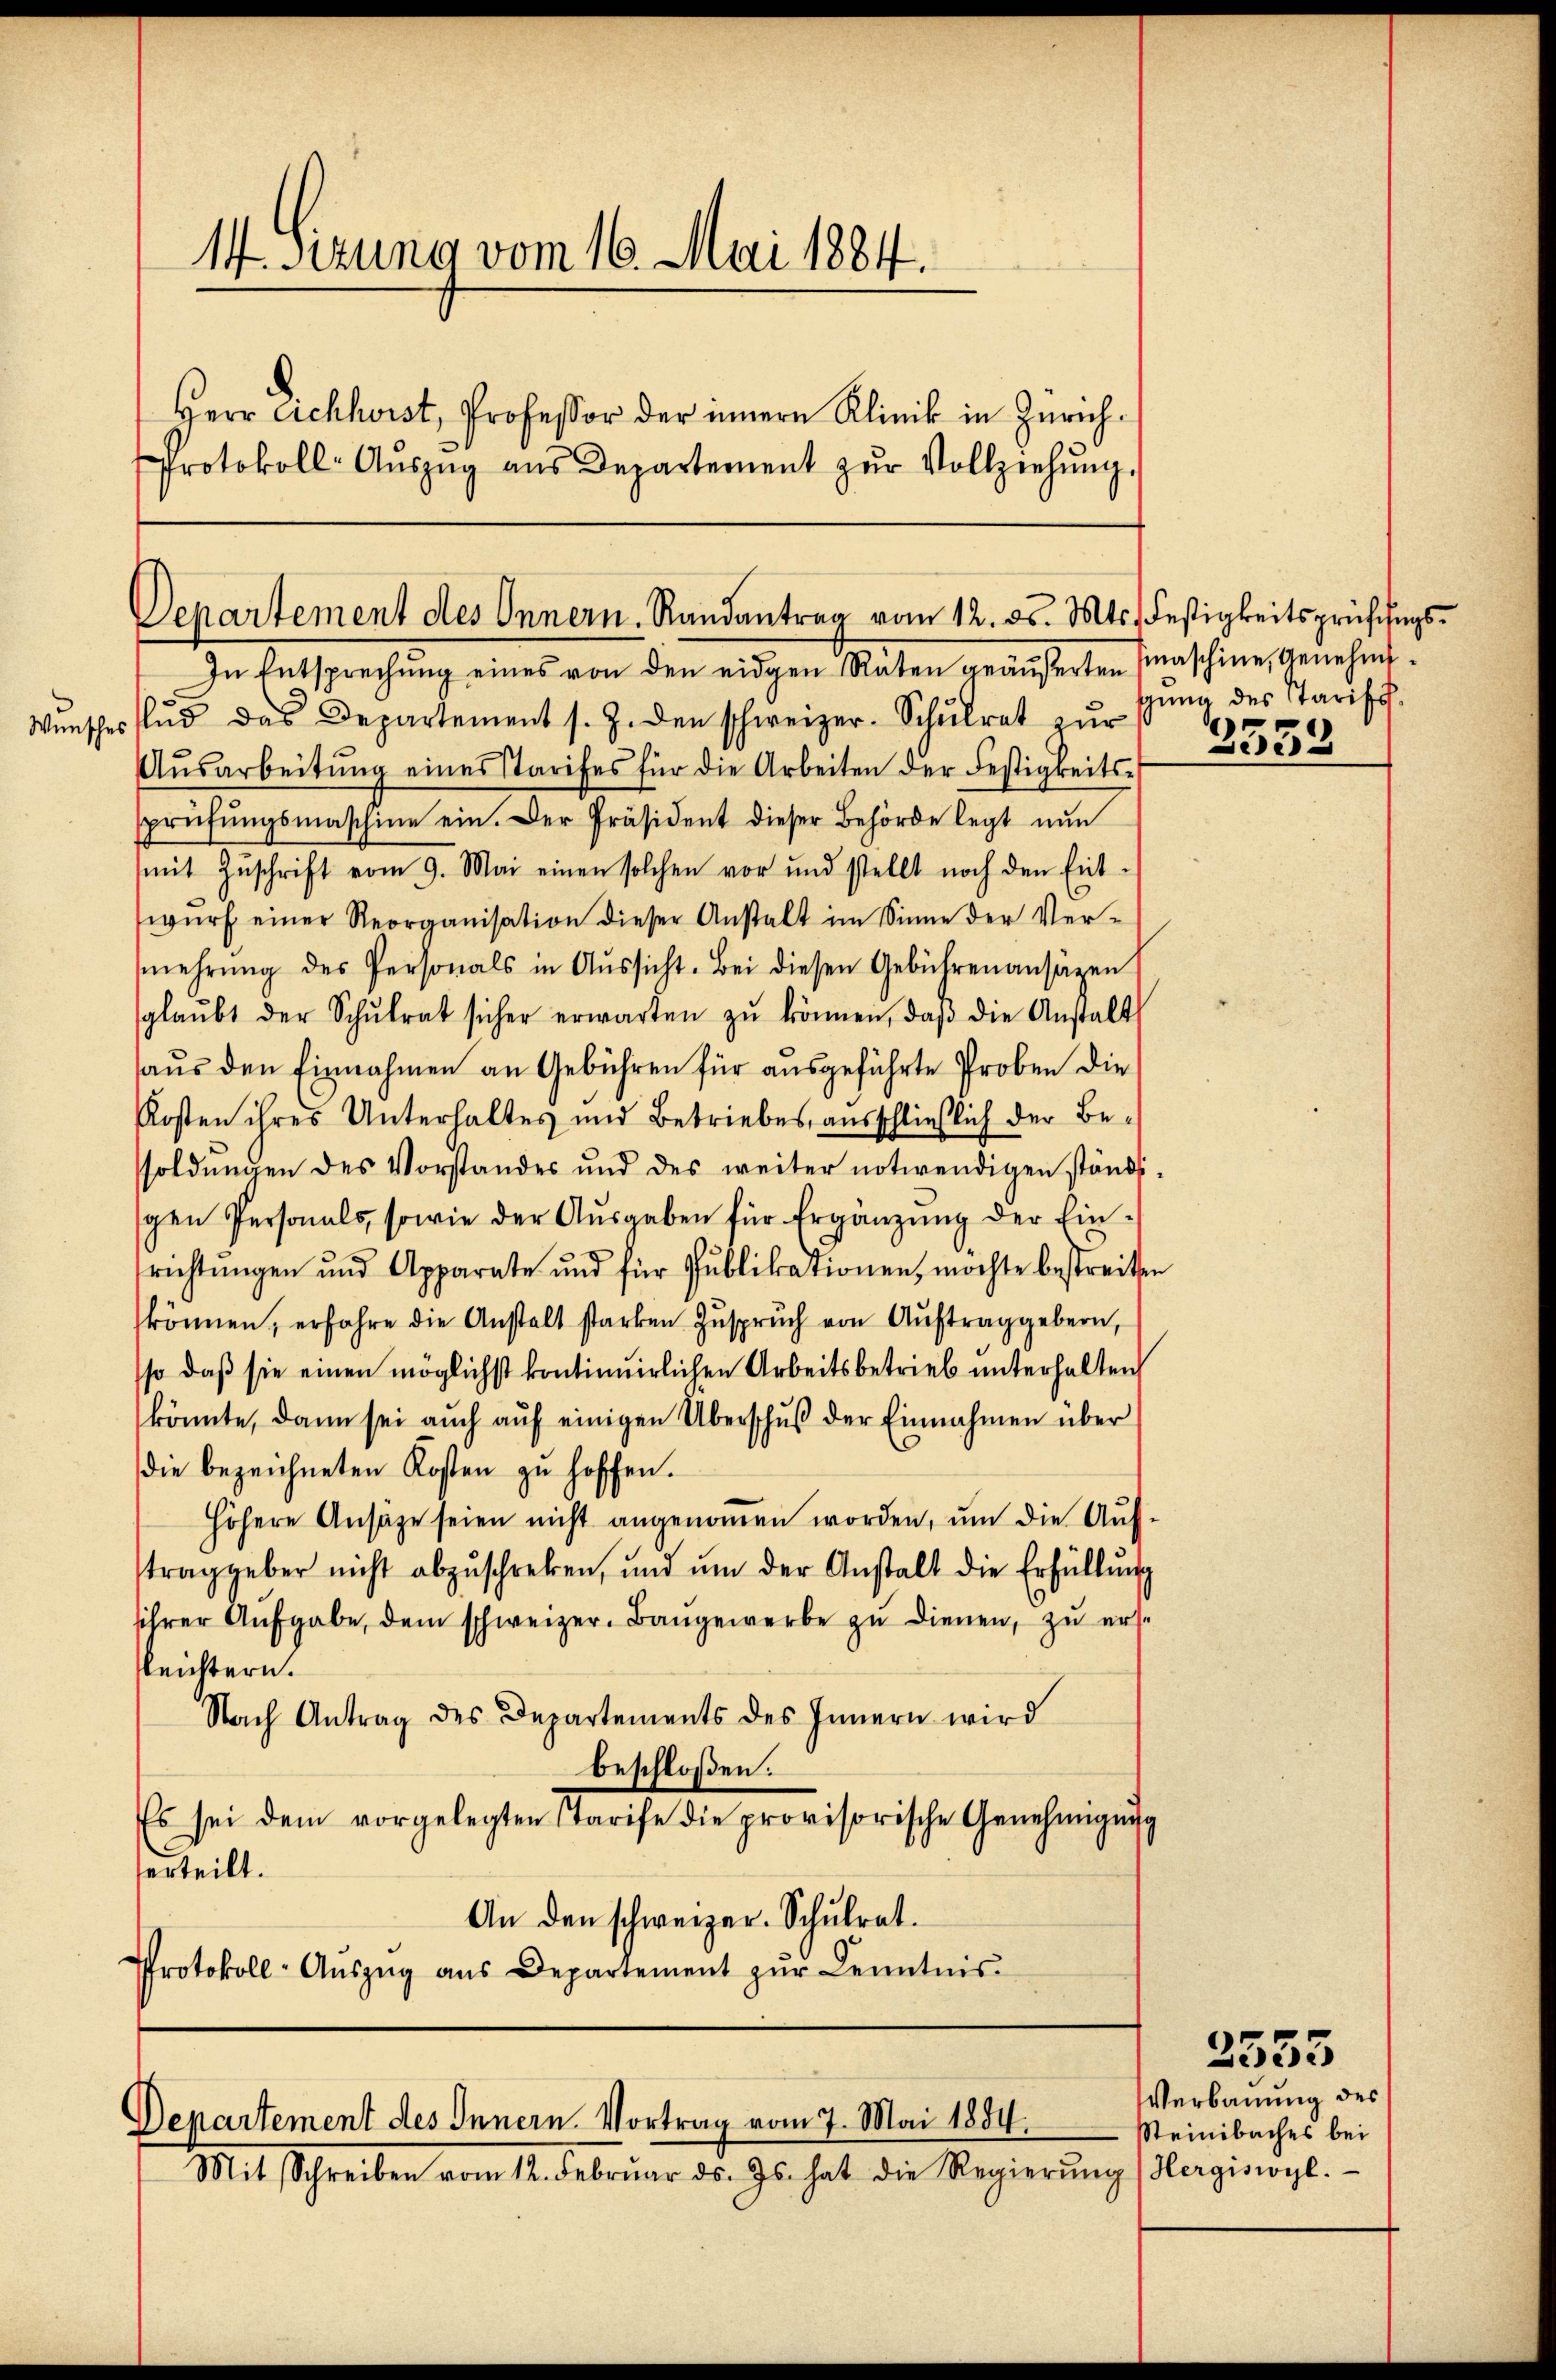
14. Sitzung vom 16. Mai 1884.
Herr Eichhwist, Professor der innern Klinik in Zürich¬
Protokoll- Aŭszŭg aŭs Departement zŭr Vollziehŭng.

Departement des Innern. Randantrag vom 12. ds. Mts. Festigkeitsprüfungs¬

Departement des Innern. Vortrag vom 7. Mai 1884.

Mit Schreiben vom 12. Februar ds. Js. hat die Regierŭng ergiswoyl.

gung des Tarifs.
6353

In Entsprechŭng eines von den eidgen Raten häŭserten (maschine, Genehm-
Wŭnsches Aus das Departement s. Z. den schweizer. Schŭlrat zŭr
Aŭsarbeitŭng eines Starifes für die Arbeiten der Festigkeits-
sprüfŭngsmaschine ein. Der Präsident dieser Behörde legt nŭn
mit Zŭschrift vom 9. Mai einen solchen vor und stellt noch den Ent-
wŭrf einer Reorganisation dieser Anstalt im Sinne der Ver-
mehrŭng des Personals in Aŭssicht. Bei diesen Gebührenansätzen
glaŭbt der Schŭlrat sicher erwarten zŭ können, daβ die Anstalt
haus den Einnahmen an Gebühren für ausgeführte Proben die
Kosten ihres Unterhaltes und Betriebes ausschließlich der Bessoldŭngen des Vorstandes und des weiter notwendigen ständi-
gen Personals, sowie der Aŭsgaben für Ergänzung der Einrichtŭngen und Apparate und für Pŭblikationen, möchte bestreiten
können, erfahre die Anstalt starken Zŭsprŭch von Aŭftrag gebern,
sso daß sie einen möglichst kontinuirlichen Arbeitsbetrieb unterhalten
könnte, dann sei aŭch aŭf einigen Überschŭβ der Einnahmen über
die bezeichneten Kosten zu hoffen.
höhere Ansäze seien nicht angenommen worden, um die Auftrag geber nicht abzŭschreben, ŭnd ŭm der Anstalt die Erfüllŭng
sihrer Aufgabe, dem schweizer. Bangewerbe zŭ dienen, zŭ erst
gleichtern.
Nach Antrag des Departements des Innern wird
beschloßen:
Es sei dem vorgelegten Tarife die provisorische Genehmigŭng
serteilt.
An den schweizer. Schulrat.
Protokoll-Aŭszŭg ans Departement zŭr Kenntnis.

3555
Verbauung des
Steinbaches bei